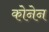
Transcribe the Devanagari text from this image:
कोनेन